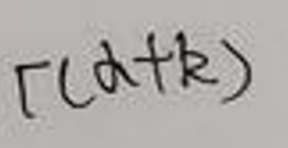
$\Gamma(\alpha + k)$